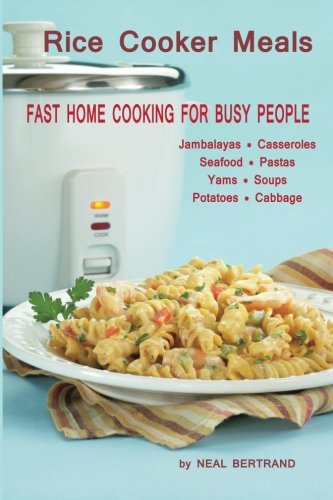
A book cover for Rice Cooker Meals: Fast Home Cooking for Busy People: How to feed a family of four quickly and easily for under $10 (with leftovers!) and have less ... up so you'll be out of the kitchen quicker!; Neal Bertrand; Cookbooks, Food & Wine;